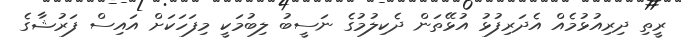
ރީތި ދިރިއުޅުމެއް އެދަރިފުޅު އުޅޭތަން ދެކިލުމުގެ ނަސީބު ލިބުމަކީ މިފަހަކަށް އައިސް ފަރުޝާގެ